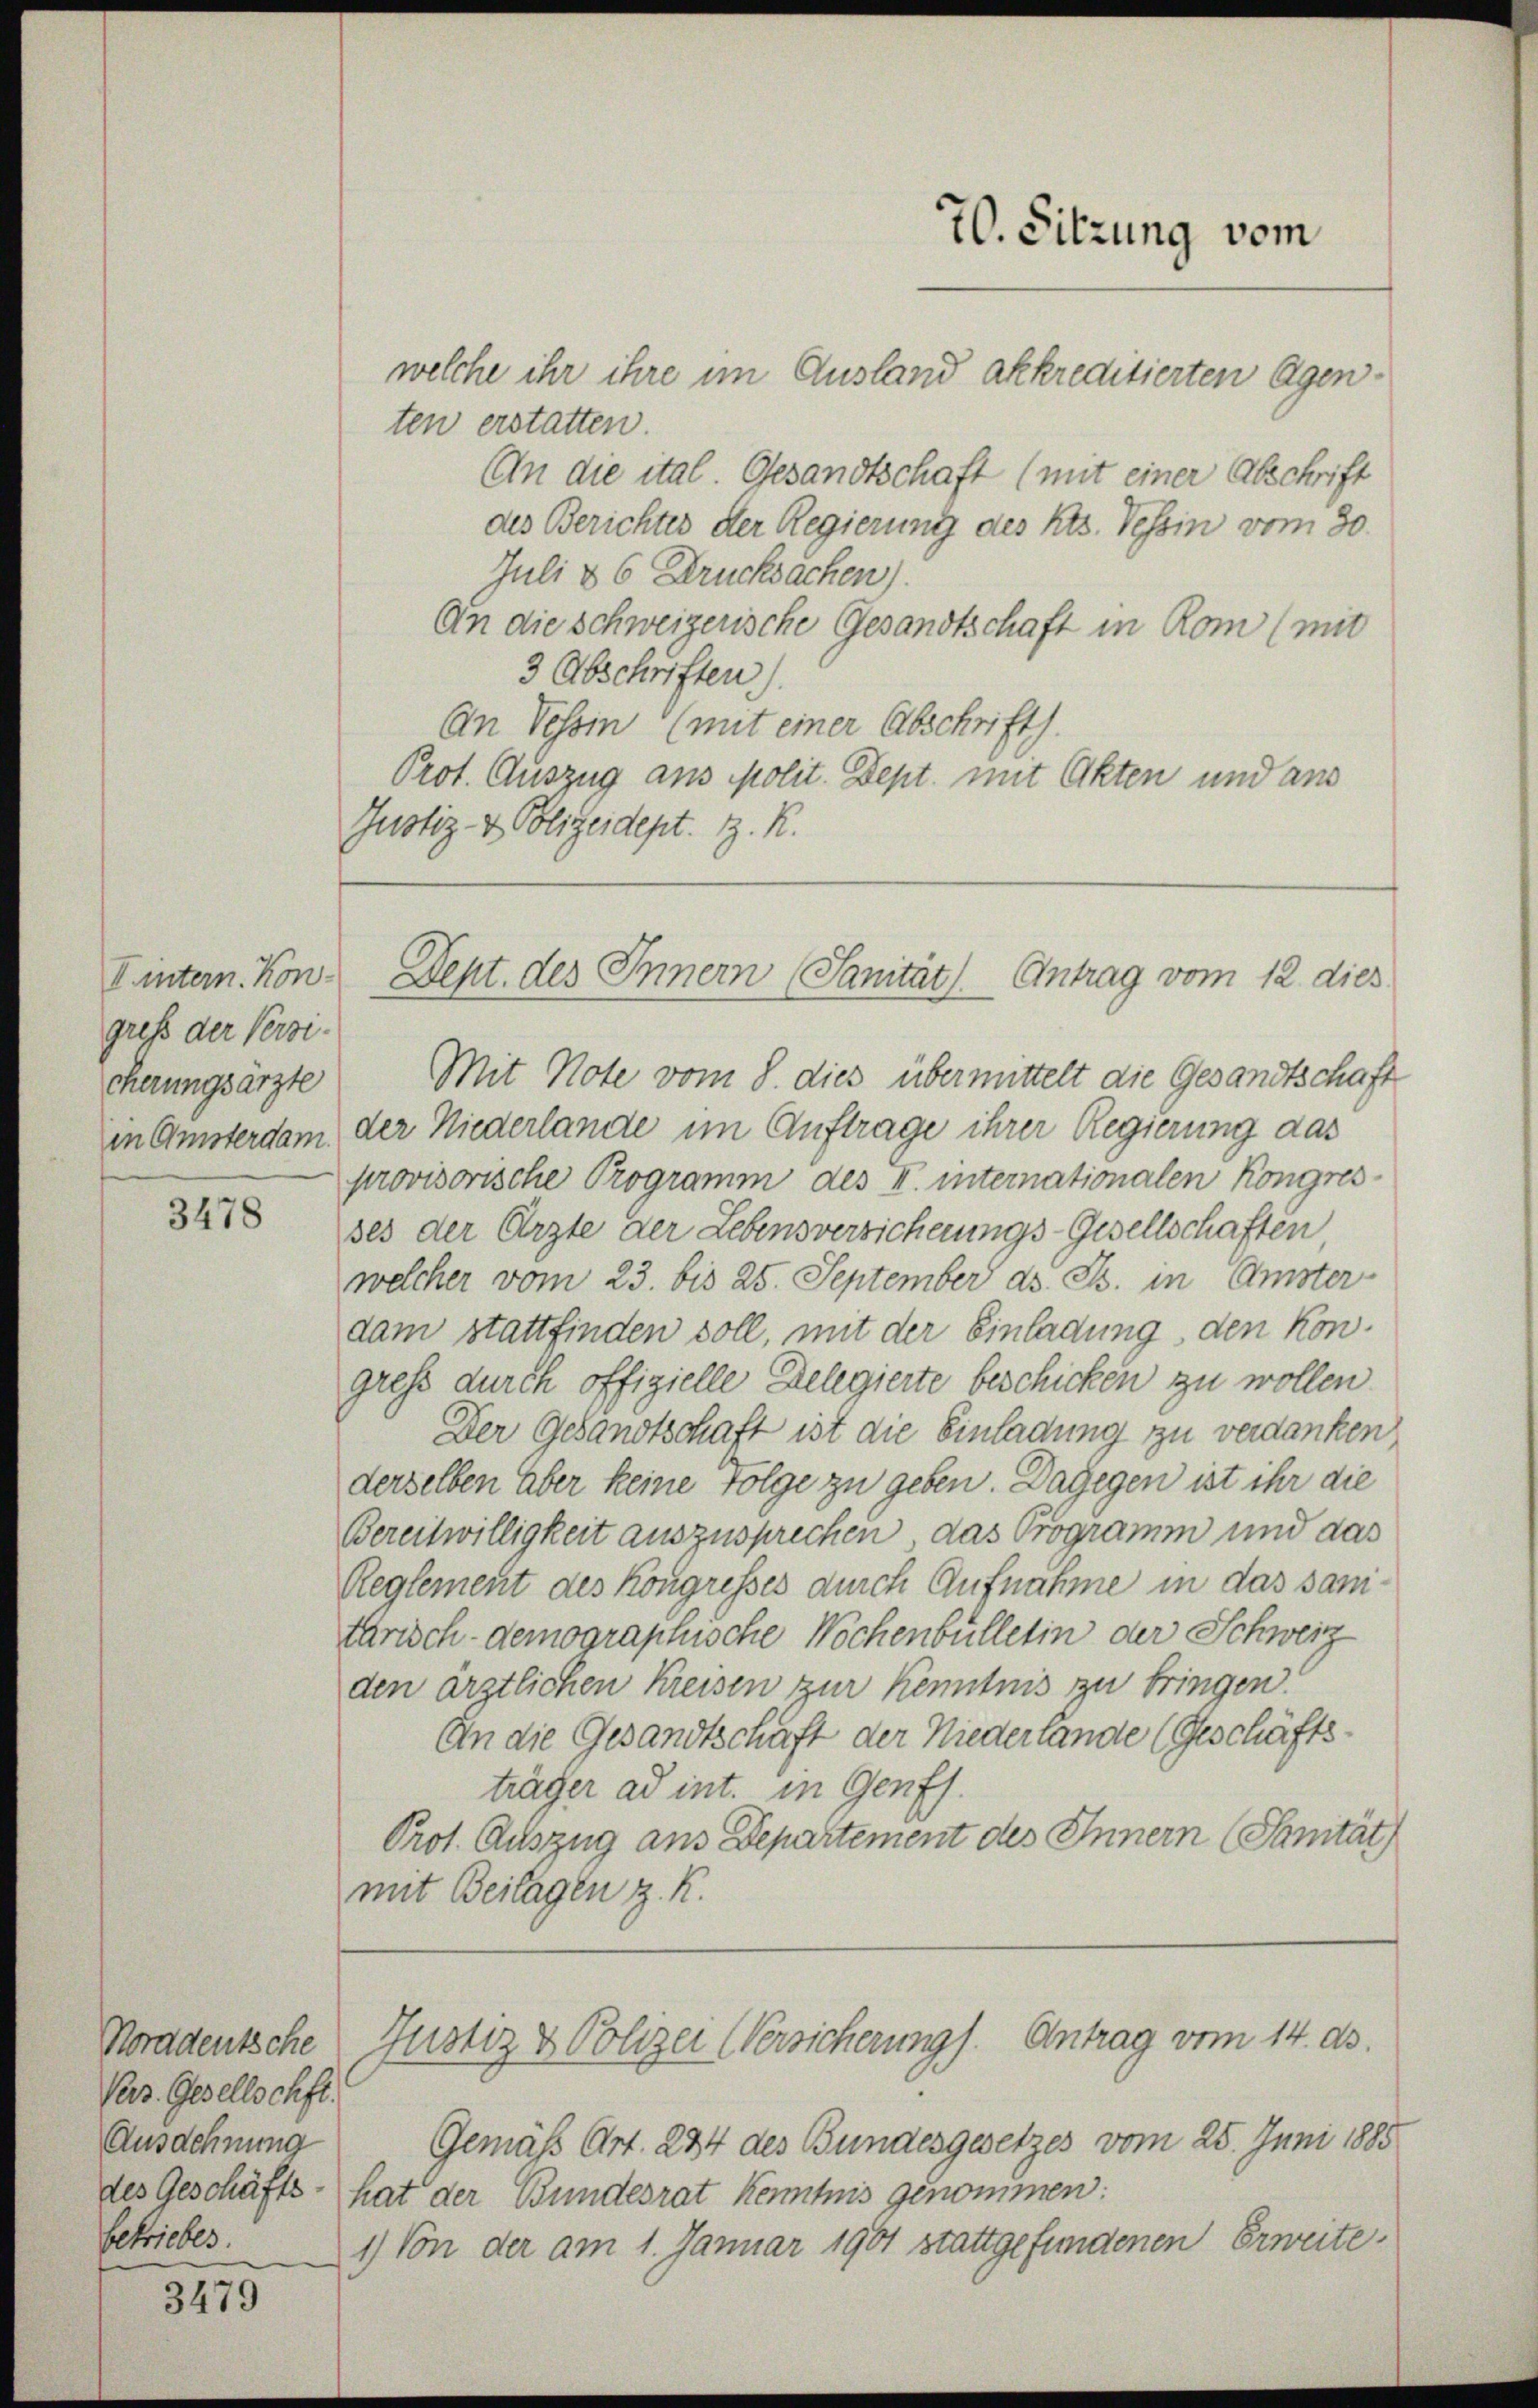
gress der Versi-
cherungsärzte
in Amsterdam

3478

Norddeutsche
Vers. Gesellschft
Ausdehnung
betriebes.

3479

welche ihr ihre im Ausland akkreditierten Agenten erstatten.
An die ital. Gesandtschaft (mit einer Abschrift
des Berichtes der Regierung des Kts. Tessin vom 30.
Juli & 6 Drucksachen).
An die schweizerische Gesandtschaft in Rom (mit
3 Abschriften).
An Vossin (mit einer Abschrift.
Prot. Auszug aus Molit. Dept. mit Akten und aus
Justiz- & Polizeidept. 1. R.

Mit Note vom 8. dies übermittelt die Gesandtschaft
der Niederlande im Auftrage ihrer Regierung das
provisorische Programm des I. internationalen Kongres
ses der Ärzte der Lebensversicherungs-Gesellschaften,
welcher vom 23. bis 25. September ds. B. in Amster
dam stattfinden soll, mit der Einladung, den kongress durch offizielle Delegierte beschicken zu wollen.
Der Gesandtschaft ist die Einladung zu verdanken
derselben aber keine Folge zu geben. Dagegen ist ihr die
Bereitwilligkeit auszusprechen, das Programm und das
Reglement des Kongresses durch Aufnahme in das sanitarisch-demographische Wochenbülletin der Schweiz
den ärztlichen Kreisen zur Kenntnis zu bringen.
An die Gesandtschaft der Niederlande (Geschäftsträger ad int. in Genfs.
Prot. Auszug aus Departement des Innern (Sanität)
mit Beilagen z. R.

70. Sitzung vom

Tintern. Kon. Dept. des Innern (Sanität) Antrag vom 12. dies

Justiz & Polizei Versicherung). Antrag vom 14. ds.

Gemäß Art. 284 des Bundesgesetzes vom 25. Juni 1885
des Geschäfts- hat der Bundesrat kenntnis genommen:
1) Von der am 1. Januar 1901 stattgefundenen Erweite¬